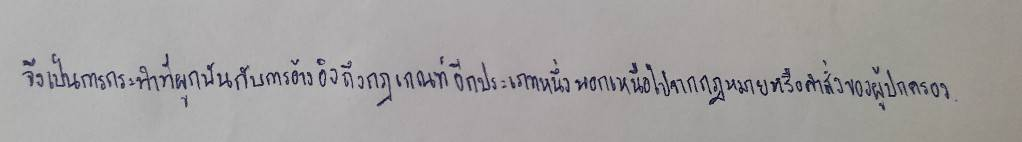
จึงเป็นการกระทำที่ผูกพันกับการอ้างอิงถึงกฎเกณฑ์อีกประเภทหนึ่งนอกเหนือไปจากกฎหมายหรือคำสั่งของผู้ปกครอง